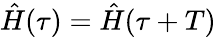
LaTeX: {\hat{H}(\tau)=\hat{H}(\tau+T)}